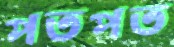
পতপত